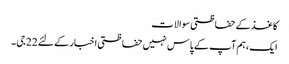
کاغذ کے حفاظتی سوالات
ایک، ہم آپ کے پاس نہیں حفاظتی اخبار کے لئے 22 جی ۔